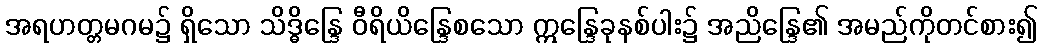
အရဟတ္တမဂမ၌ ရှိသော သိဒ္ဓိန္ဒြေ ဝီရိယိန္ဒြေစသော ဣန္ဒြေခုနစ်ပါး၌ အညိန္ဒြေ၏ အမည်ကိုတင်စား၍